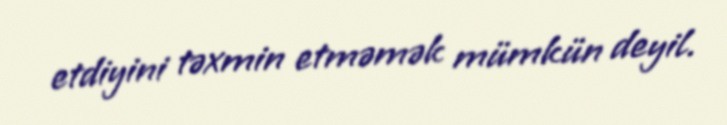
etdiyini təxmin etməmək mümkün deyil.